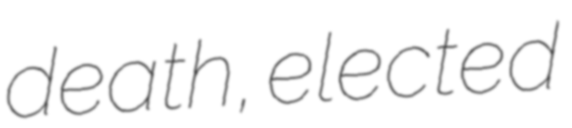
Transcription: death, elected